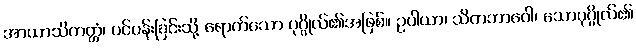
အာယာသိတတ္တံ၊ ပင်ပန်းခြင်းသို့ ရောက်သော ပုဂ္ဂိုလ်၏အဖြစ်။ ဥပါယာ၊ သိတဘာဝေါ၊ သောပုဂ္ဂိုလ်၏